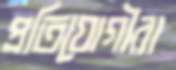
প্রতিযোগীরা